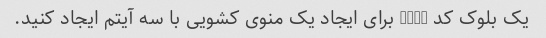
یک بلوک کد HTML برای ایجاد یک منوی کشویی با سه آیتم ایجاد کنید.